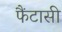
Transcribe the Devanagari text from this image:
फैंटासी